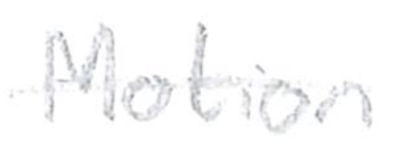
Text: Motion
Cross-out: single-line
Writing tool: pencil